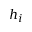
h _ { i }